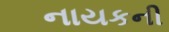
નાયકની